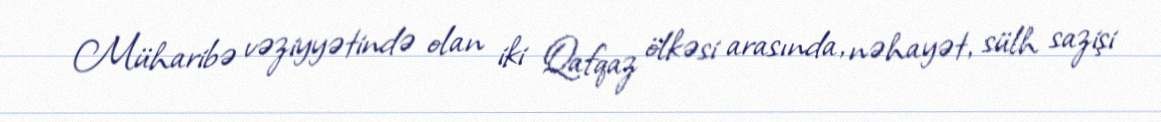
Müharibə vəziyyətində olan iki Qafqaz ölkəsi arasında, nəhayət, sülh sazişi